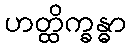
ဟတ္ထိက္ခန္ဓာ